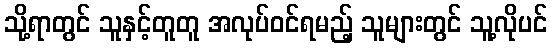
သို့ရာတွင် သူနှင့်တူတူ အလုပ်ဝင်ရမည့် သူများတွင် သူ့လိုပင်